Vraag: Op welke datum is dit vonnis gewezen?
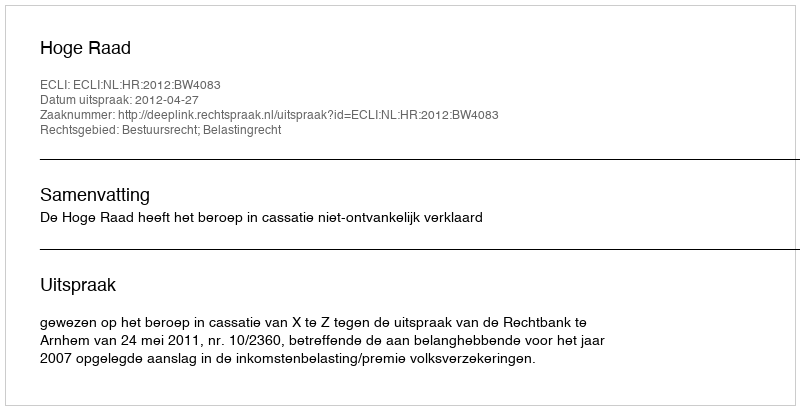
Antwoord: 2012-04-27